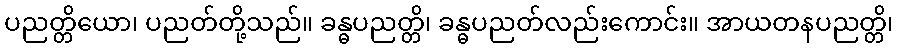
ပညတ္တိယော၊ ပညတ်တို့သည်။ ခန္ဓပညတ္တိ၊ ခန္ဓပညတ်လည်းကောင်း။ အာယတနပညတ္တိ၊